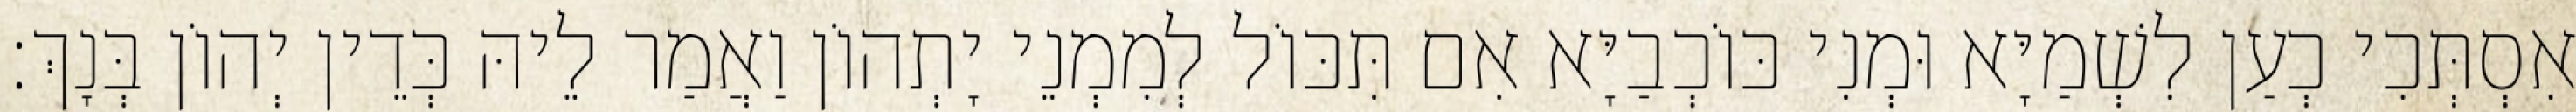
אִסְתְּכִי כְעַן לִשְׁמַיָּא וּמְנִי כּוֹכְבַיָּא אִם תִּכּוֹל לְמִמְנֵי יָתְהוֹן וַאֲמַר לֵיהּ כְּדֵין יְהוֹן בְּנָךְ׃